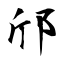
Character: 邤